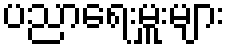
ပညာရေးမှူးများ